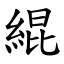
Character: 緄